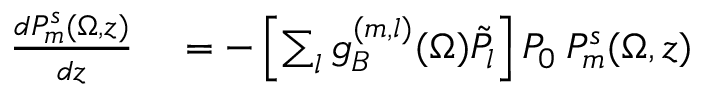
\begin{array} { r l } { \frac { d P _ { m } ^ { s } ( \Omega , z ) } { d z } } & { { } = - \left[ \sum _ { l } g _ { B } ^ { ( m , l ) } ( \Omega ) \Tilde { P } _ { l } \right] P _ { 0 } \: P _ { m } ^ { s } ( \Omega , z ) } \end{array}